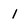
Character: 1